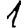
Digit: 1